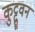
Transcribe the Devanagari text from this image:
कुट्टुवन